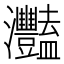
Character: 灩